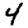
Digit: 4